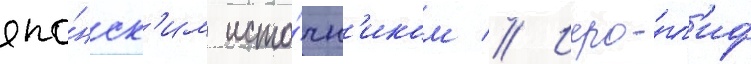
япо́нск'им исто́чн'иком // Иеро́гл'иф